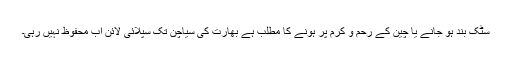
سٹک بند ہو جانے یا چین کے رحم و کرم پر ہونے کا مطلب ہے بھارت کی سیاچن تک سپلائی لائن اب محفوظ نہیں رہی۔